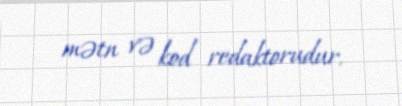
mətn və kod redaktorudur.